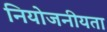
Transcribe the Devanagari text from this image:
नियोजनीयता